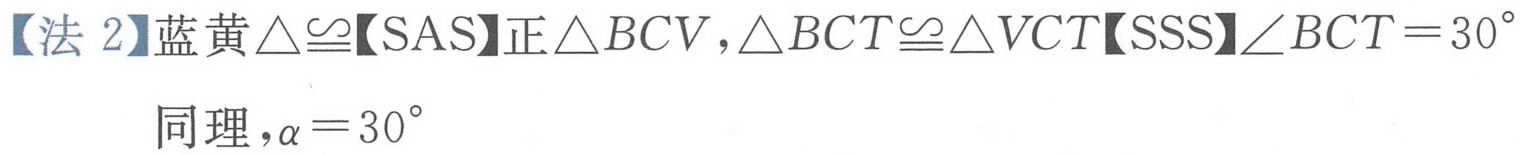
【法 2】蓝黄$\triangle\cong$【SAS】正$\triangle BCV,\triangle BCT\cong\triangle VCT$【SSS】$\angle BCT = 30^{\circ}$
同理，$\alpha = 30^{\circ}$